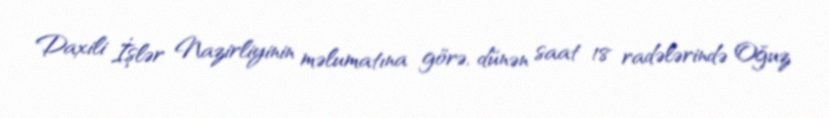
Daxili İşlər Nazirliyinin məlumatına görə, dünən saat 18 radələrində Oğuz